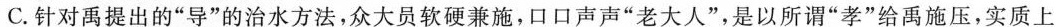
C. 针对禹提出的“导”的治水方法,众大员软硬兼施,口口声声“老大人”,是以所谓“孝”给禹施压,实质上